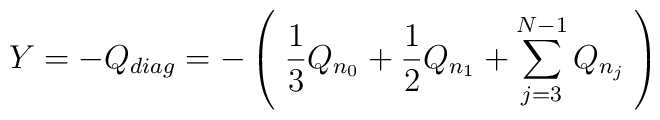
Y= -Q_{diag}= -\left(\;\frac 13 Q_{n_0} + \frac 12 Q_{n_1} + \sum _{j=3}^{N-1}Q_{n_j}\; \right)